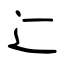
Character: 辷